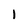
Character: l